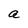
Character: a